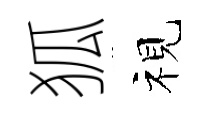
狐视